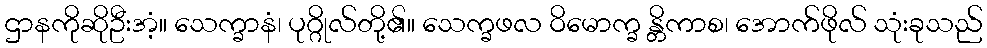
ဌာနကိုဆိုဦးအံ့။ သေက္ခာနံ၊ ပုဂ္ဂိုလ်တို့၏။ သေက္ခဖလ ဝိမောက္ခ န္တိကာစ၊ အောက်ဖိုလ် သုံးခုသည်